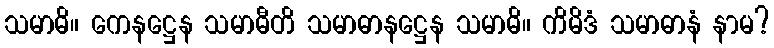
သမာဓိ။ ကေနဋ္ဌေန သမာဓီတိ သမာဓာနဋ္ဌေန သမာဓိ။ ကိမိဒံ သမာဓာနံ နာမ?